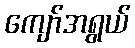
ကျော်အရွယ်